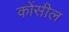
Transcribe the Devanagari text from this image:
कोंसील